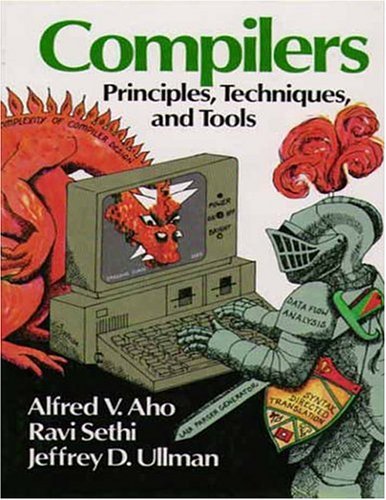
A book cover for Compilers: Principles, Techniques, and Tools; Alfred V. Aho; Computers & Technology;